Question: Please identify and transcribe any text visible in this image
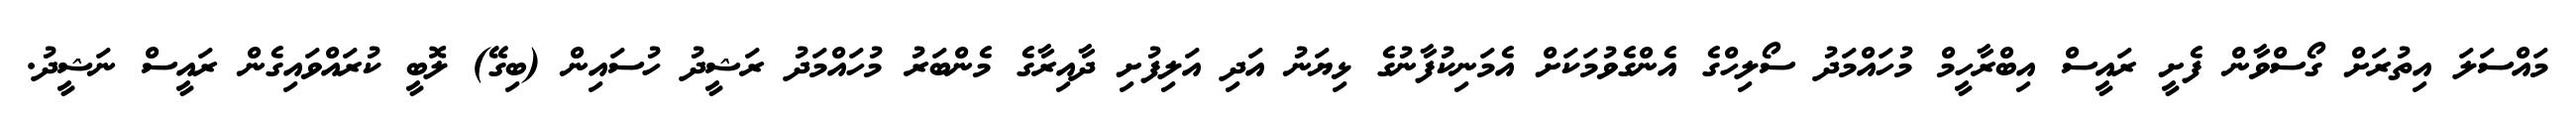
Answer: މައްސަލަ އިތުރަށް ގޯސްވާން ފެށީ ރައީސް އިބްރާހީމް މުހައްމަދު ސޯލިހްގެ އެންގެވުމަކަށް އެމަނިކުފާނުގެ ޅިޔަނު އަދި އަލިފުށި ދާއިރާގެ މެންބަރު މުހައްމަދު ރަޝީދު ހުސައިން (ބިގޭ) ލޮބީ ކުރައްވައިގެން ރައީސް ނަޝީދު.